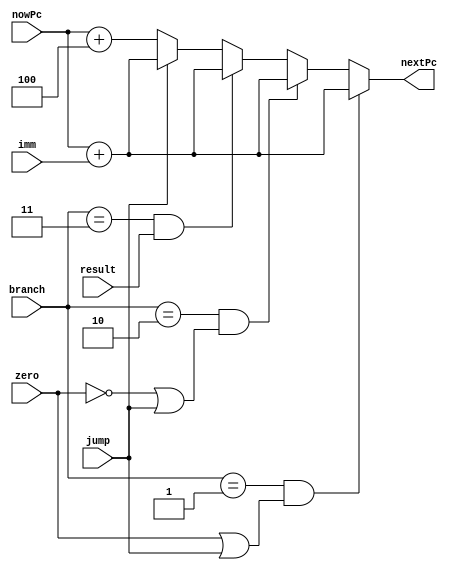
`timescale 1ns / 1ps

module pcAdder(
    input  [31:0] nowPc,
    input [31:0]  imm,
    input [1:0]   branch,
    input  zero,
    input  result,
    input  jump,
    
    output reg [31:0] nextPc
    );

    always @(*) begin
        if(branch==2'b01&&(zero||jump))
            nextPc<=nowPc+imm;
        else if(branch==2'b10&&(~zero||jump))
            nextPc<=nowPc+imm;
        else if(branch==2'b11&&result)
            nextPc<=nowPc+imm;
        else if(jump)
            nextPc<=nowPc+imm;
        else 
            nextPc<=nowPc+4'h4;
    end
endmodule